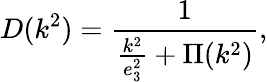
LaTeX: D(k^{2})=\frac{1}{\frac{k^{2}}{e_{3}^{2}}+\Pi(k^{2})},